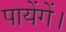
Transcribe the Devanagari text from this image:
पायेंगें।